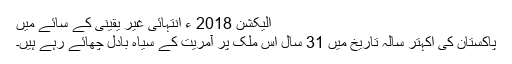
الیکشن 2018 ء انتہائی غیر یقینی کے سائے میں
پاکستان کی اکہتر سالہ تاریخ میں 31 سال اس ملک پر آمریت کے سیاہ بادل چھائے رہے ہیں۔